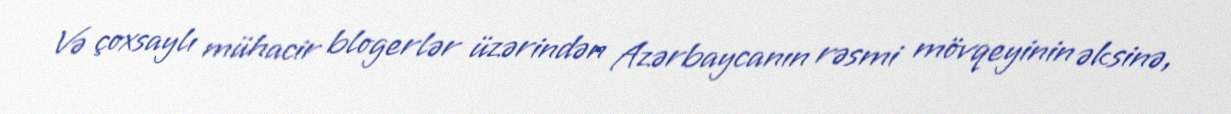
Və çoxsaylı mühacir blogerlər üzərindən Azərbaycanın rəsmi mövqeyinin əksinə,